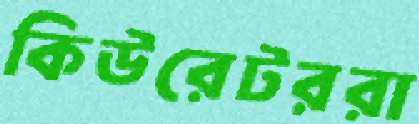
কিউরেটররা